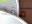
ماقد